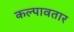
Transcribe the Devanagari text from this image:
कल्पावतार